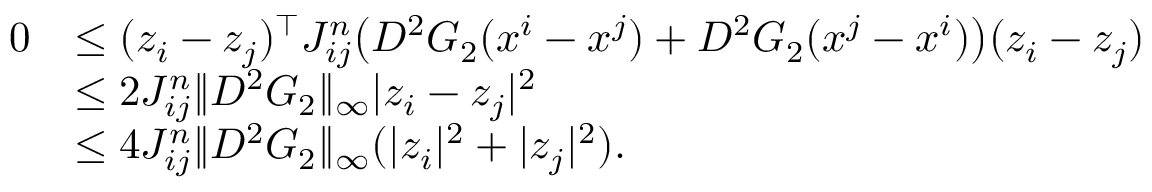
\begin{array} { r l } { 0 } & { \le ( z _ { i } - z _ { j } ) ^ { \top } J _ { i j } ^ { n } \big ( D ^ { 2 } G _ { 2 } ( x ^ { i } - x ^ { j } ) + D ^ { 2 } G _ { 2 } ( x ^ { j } - x ^ { i } ) \big ) ( z _ { i } - z _ { j } ) } \\ & { \le 2 J _ { i j } ^ { n } \| D ^ { 2 } G _ { 2 } \| _ { \infty } | z _ { i } - z _ { j } | ^ { 2 } } \\ & { \le 4 J _ { i j } ^ { n } \| D ^ { 2 } G _ { 2 } \| _ { \infty } ( | z _ { i } | ^ { 2 } + | z _ { j } | ^ { 2 } ) . } \end{array}